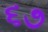
૬૭